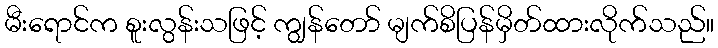
မီးရောင်က စူးလွန်းသဖြင့် ကျွန်တော် မျက်စိပြန်မှိတ်ထားလိုက်သည်။